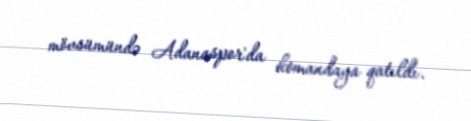
mövsümündə Adanaspor'da komandaya qatıldı.